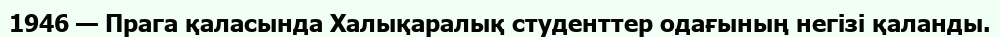
1946 — Прага қаласында Халықаралық студенттер одағының негізі қаланды.